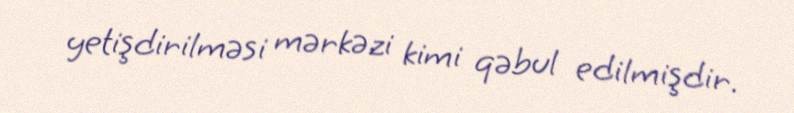
yetişdirilməsi mərkəzi kimi qəbul edilmişdir.